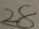
2 8